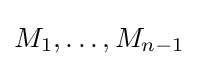
M_{1},\ldots ,M_{n-1}